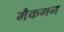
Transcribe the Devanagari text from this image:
मैकगन